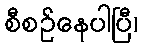
စီစဉ်နေပါပြီ၊